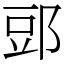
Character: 郖